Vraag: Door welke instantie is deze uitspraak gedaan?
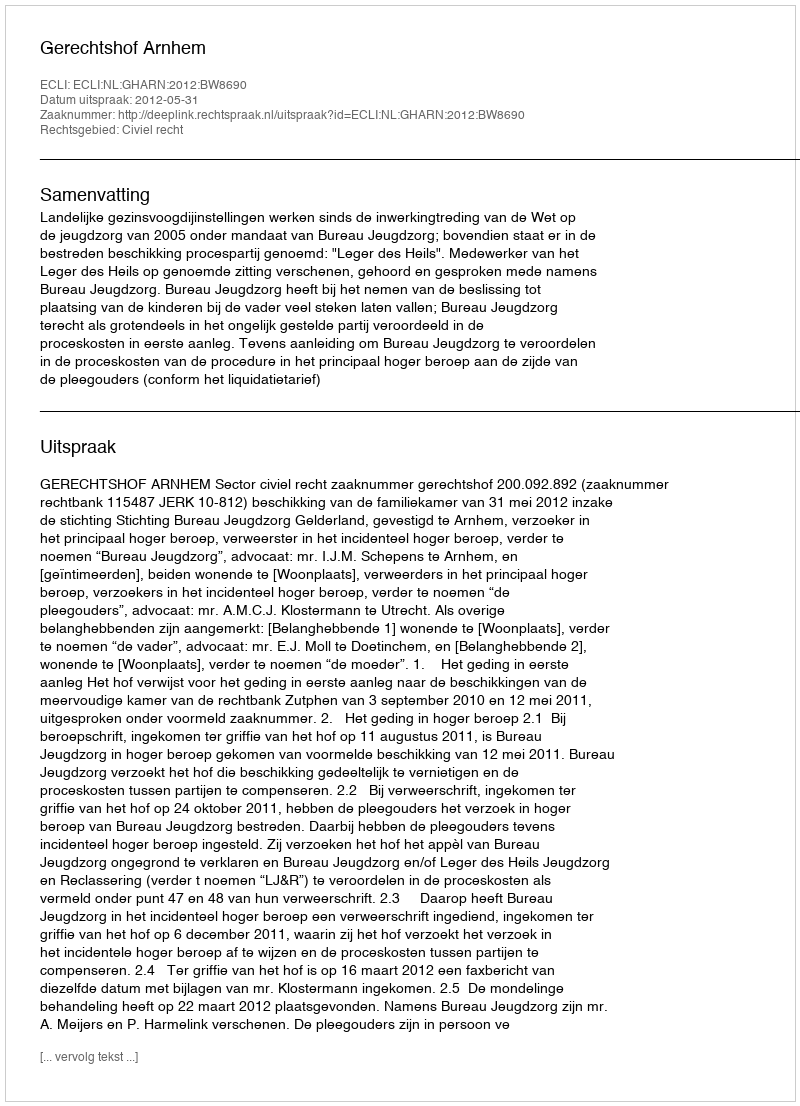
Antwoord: Gerechtshof Arnhem